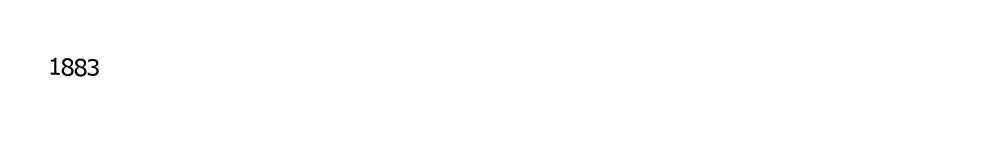
1883